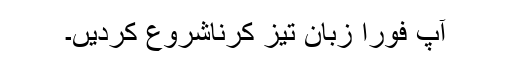
آپ فوراً زبان تیز کرناشروع کردیں۔